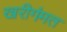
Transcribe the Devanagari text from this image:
खरीगंमत